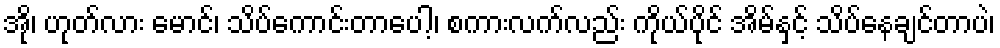
အို၊ ဟုတ်လား မောင်၊ သိပ်ကောင်းတာပေါ့၊ စကားလက်လည်း ကိုယ်ပိုင် အိမ်နှင့် သိပ်နေချင်တာပဲ၊